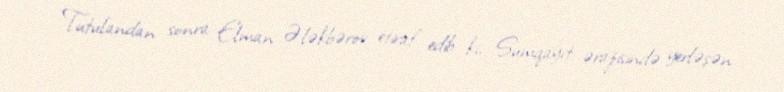
Tutulandan sonra Elman Ələkbərov etiraf edib ki, Sumqayıt ərazisində yerləşən